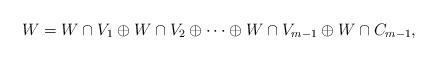
LaTeX: \begin{gather*}W = W \cap V_1 \oplus W \cap V_2 \oplus \dots \oplus W \cap V_{m-1} \oplus W \cap C_{m-1},\end{gather*}